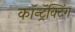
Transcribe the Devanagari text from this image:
कॉन्ट्रॅक्टिंग